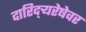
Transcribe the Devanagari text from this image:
दारिद्र्‍यरेषेवर